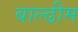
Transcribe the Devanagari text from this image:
बाल्ढीम